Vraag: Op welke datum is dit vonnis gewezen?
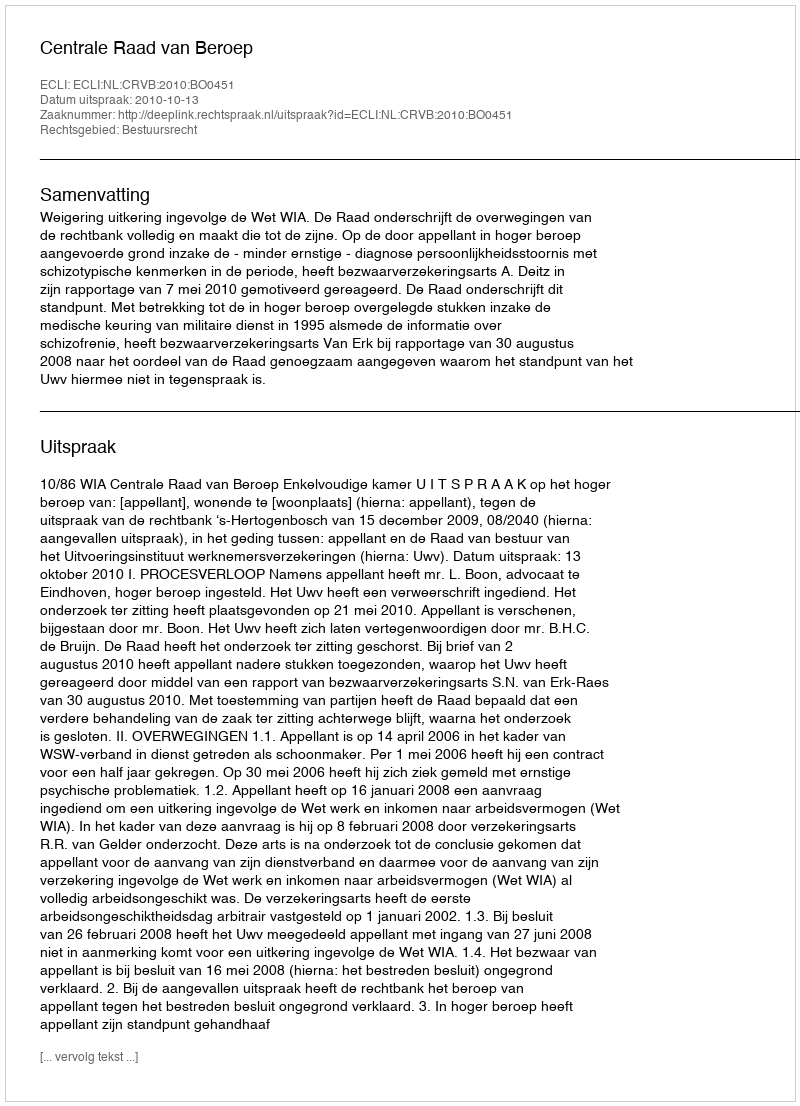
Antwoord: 2010-10-13